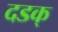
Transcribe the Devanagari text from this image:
दडक्